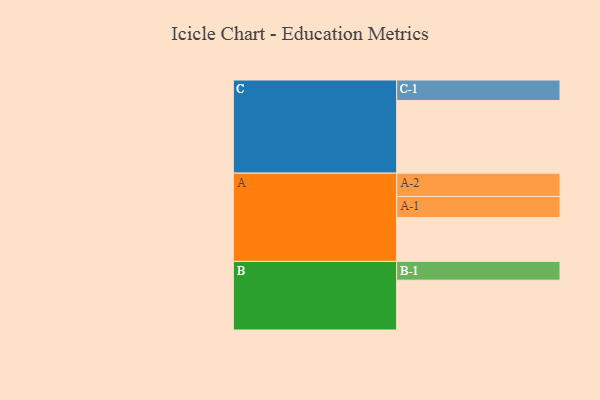
{"axis": {"x": "Segment", "y": "Value"}, "legend": ["", "A", "B", "C"], "data": [{"x": "A", "y": 319, "type": ""}, {"x": "B", "y": 363, "type": ""}, {"x": "C", "y": 530, "type": ""}, {"x": "A-1", "y": 154, "type": "A"}, {"x": "A-2", "y": 170, "type": "A"}, {"x": "B-1", "y": 137, "type": "B"}, {"x": "C-1", "y": 149, "type": "C"}]}